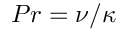
P r = \nu / \kappa